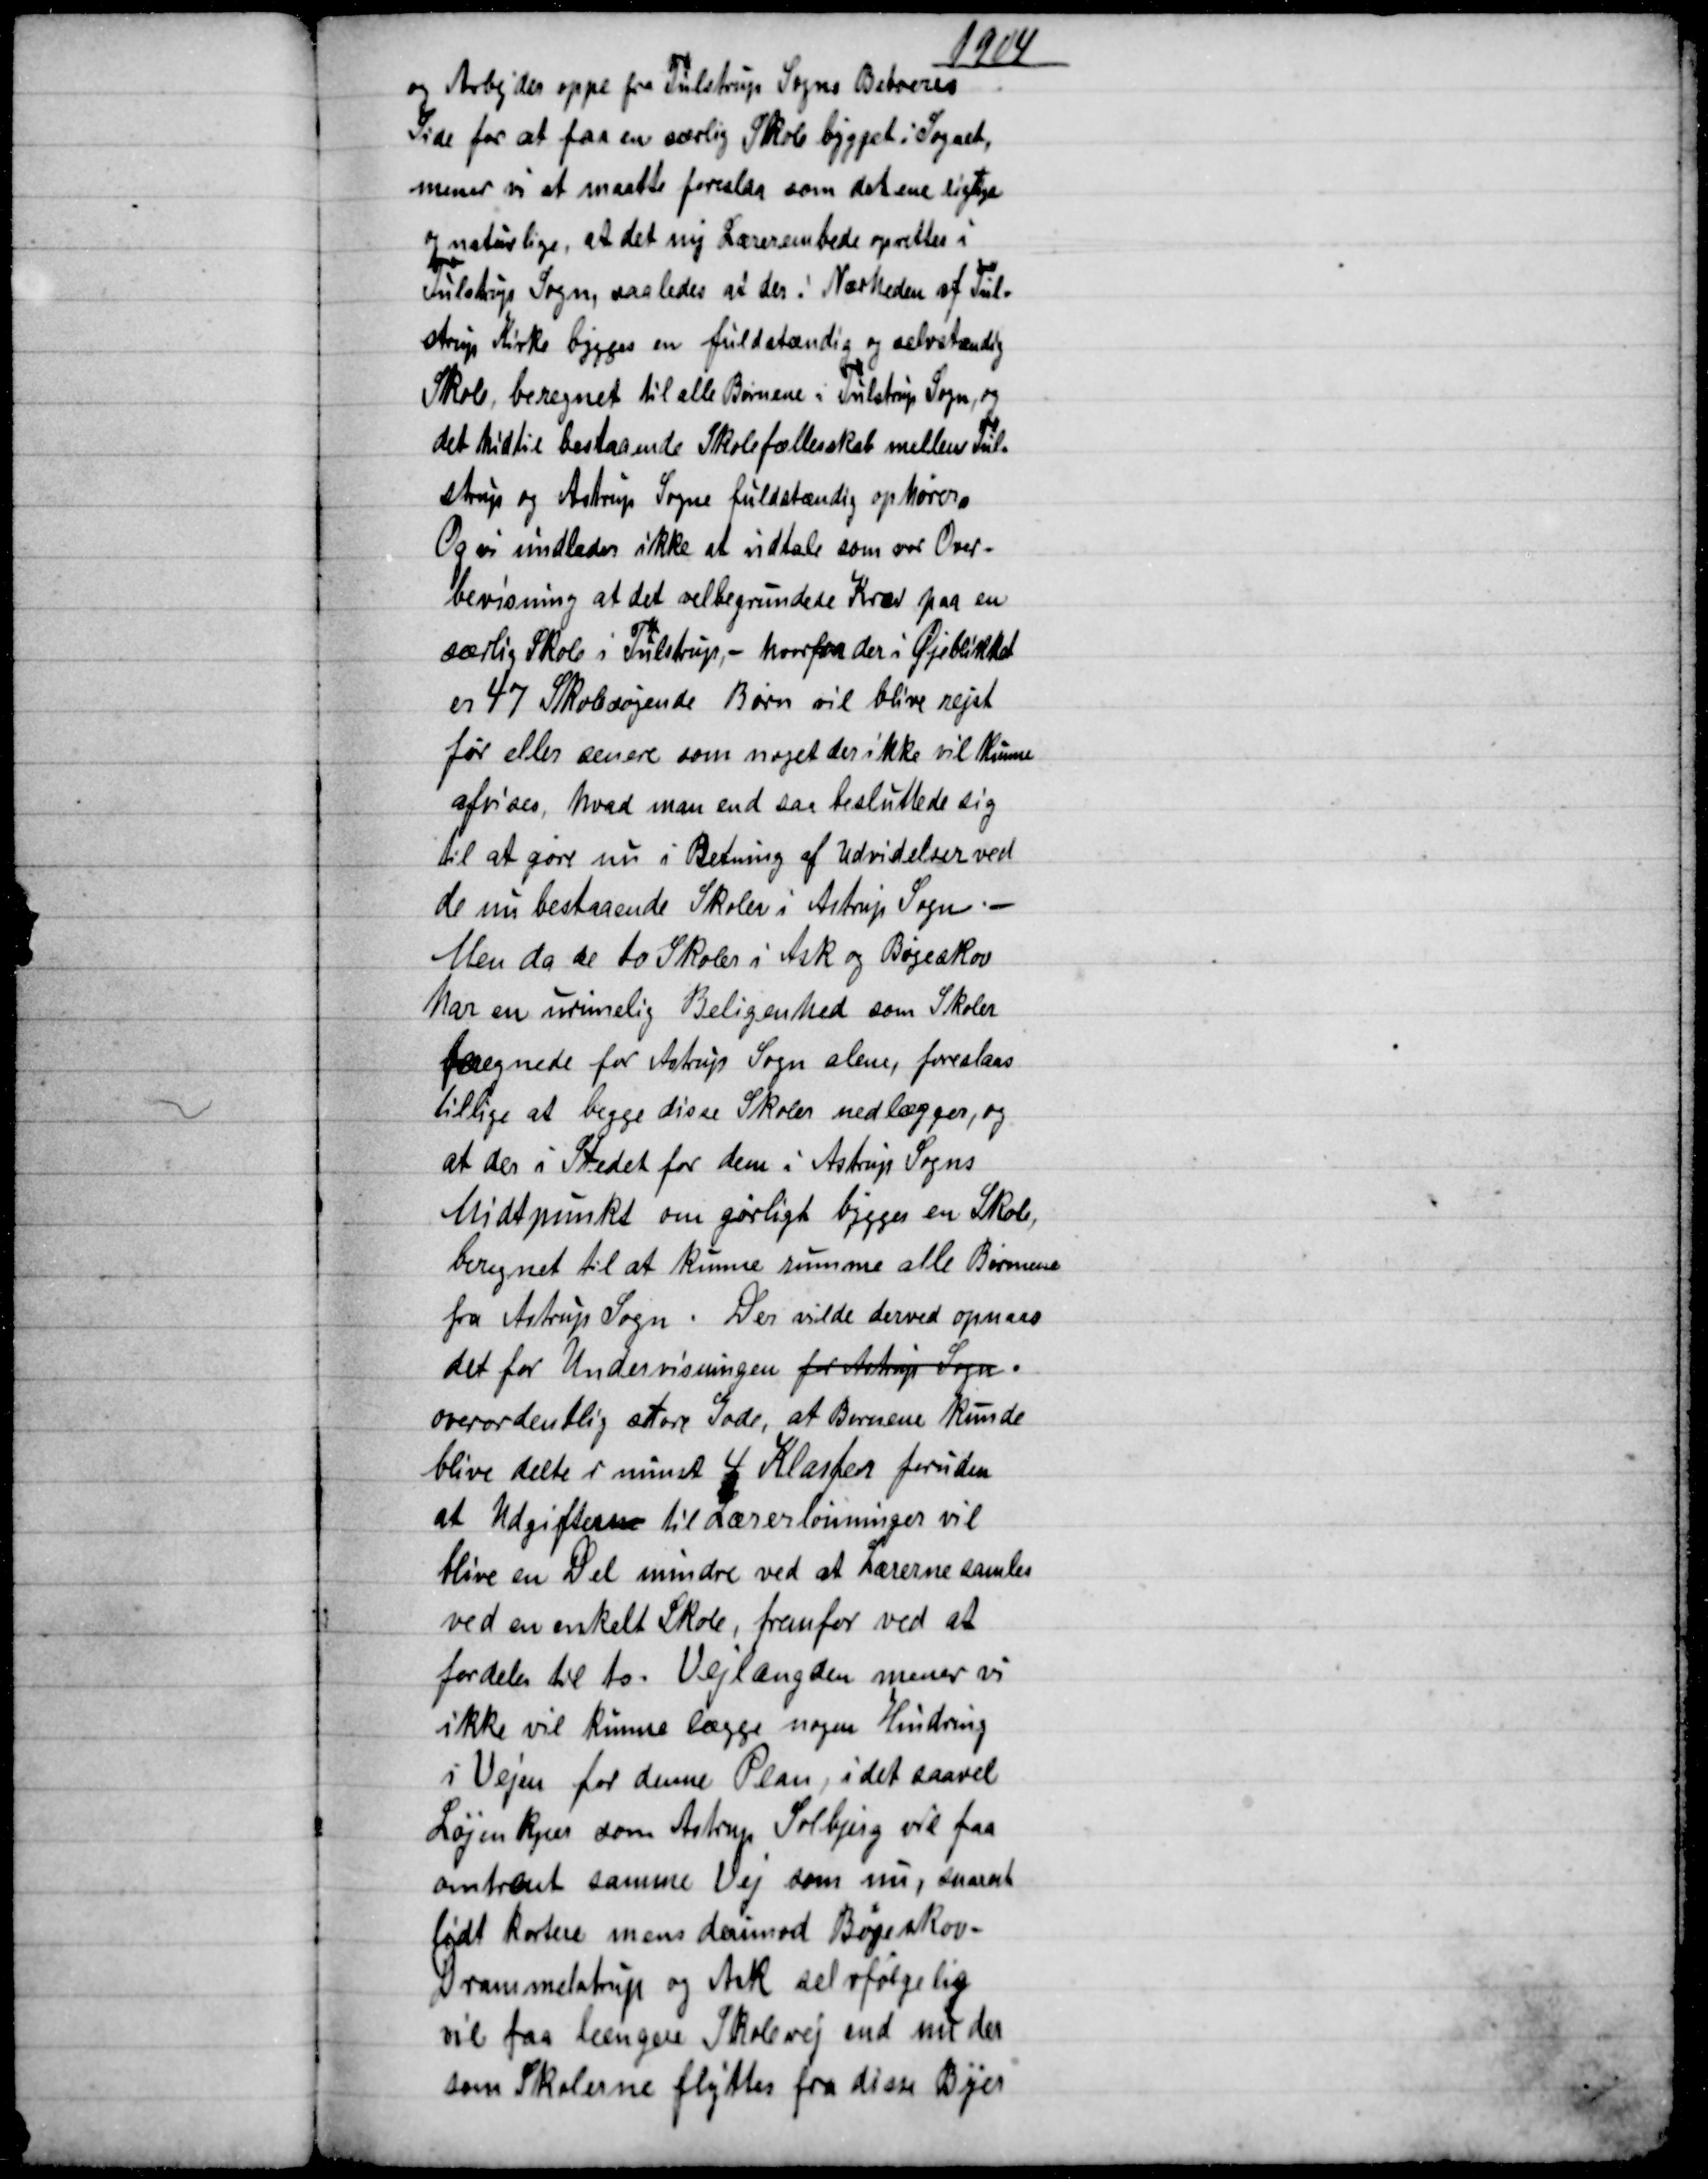
Transskription:
1904
og Arbejder oppe fra Tulstrup Sogns Beboeres
Side for at faa en særlig Skole bygget i Sognet,
mener vi at maatte foreslaa som det ene rigtige
og naturlige, at det ny Lærerembede oprettes i
Tulstrup Sogn, saaledes at der i Nærheden af Tul-
strup Kirke bygges en fuldstændig og selvstændig
Skole, beregnet til alle Børnene i Tulstrup Sogn, og
det hidtil bestaaende Skolefællesskab mellem Tul=
strup og Astrup Sogne fuldstændig ophører.
Og vi undlader ikke at udtale som vor Over-
bevisning at det velbegrundede Krav paa en
særlig Skole i Tulstrup, - hvorfra der i Øjeblikket
er 47 Skolesøgende Børn vil blive rejst
før eller senere som noget der ikke vil kunne
afvises, hvad man end saa besluttede sig
til at gøre nu i Retning af Udvidelser ved
de nu bestaaende Skoler i Astrup Sogn
Men da de to Skoler i  Ask og Bøgeskov
har en urimelig Beligenhed som Skoler
beregnede for Astrup Sogn alene, foreslaas
tillige at begge disse Skoler nedlægges, og
at der i Stedet for dem i Astrup Sogns
Midtpunkt om gørligt bygges en Skole,
beregnet til at kunne rumme alle Børnene
fra Astrup Sogn. Der vilde derved opnaas
det for Undervisningen for Astrup Sogn.
overordentlig store Gode, at Børnene kunde
blive delte i minst 4 Klasser foruden
at Udgifterne til Lærerlønninger vil
blive en Del mindre ved at Lærerne samles
ved en enkelt Skole, fremfor ved at
fordeles til to. Vejlængden mener vi
ikke vil kunne lægge nogen Hindring
i Vejen for denne Plan, idet saavel
Løjenkjær som Astrup Solbjerg vil faa
omtrent samme Vej som nu, snarest
lidt kortere mens derimod Bøgeskov-
Drammelstrup og Ask selvfølgelig
vil faa længere Skolevej end nu der
som Skolerne flyttes fra disse Byer